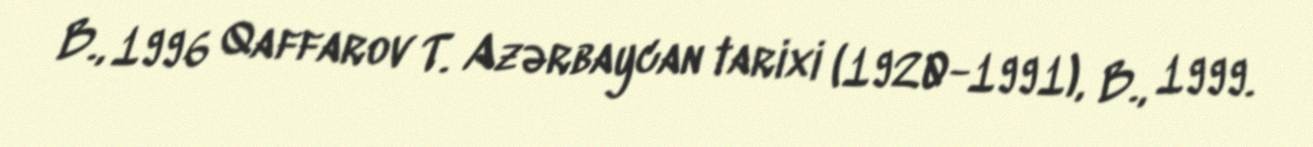
B., 1996 Qaffarov T. Azərbaycan tarixi (1920-1991), B., 1999.